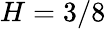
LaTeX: H=3/8